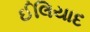
ઈલિયાદ